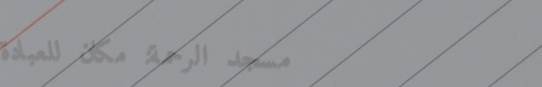
مسجد الرحمة: مكان للعبادة